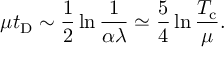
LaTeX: \mu t _ { \mathrm { D } } \sim { \frac { 1 } { 2 } } \ln { \frac { 1 } { \alpha \lambda } } \simeq { \frac { 5 } { 4 } } \ln { \frac { T _ { \mathrm { c } } } { \mu } } .